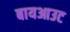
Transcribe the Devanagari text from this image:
बायआउट